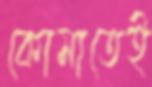
কোমাতেই